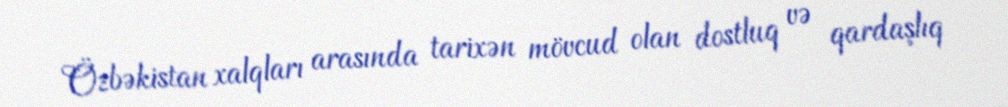
Özbəkistan xalqları arasında tarixən mövcud olan dostluq və qardaşlıq